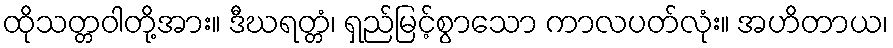
ထိုသတ္တဝါတို့အား။ ဒီဃရတ္တံ၊ ရှည်မြင့်စွာသော ကာလပတ်လုံး။ အဟိတာယ၊